Report of the Imperial Institute of Veterinary Research, Muktesar
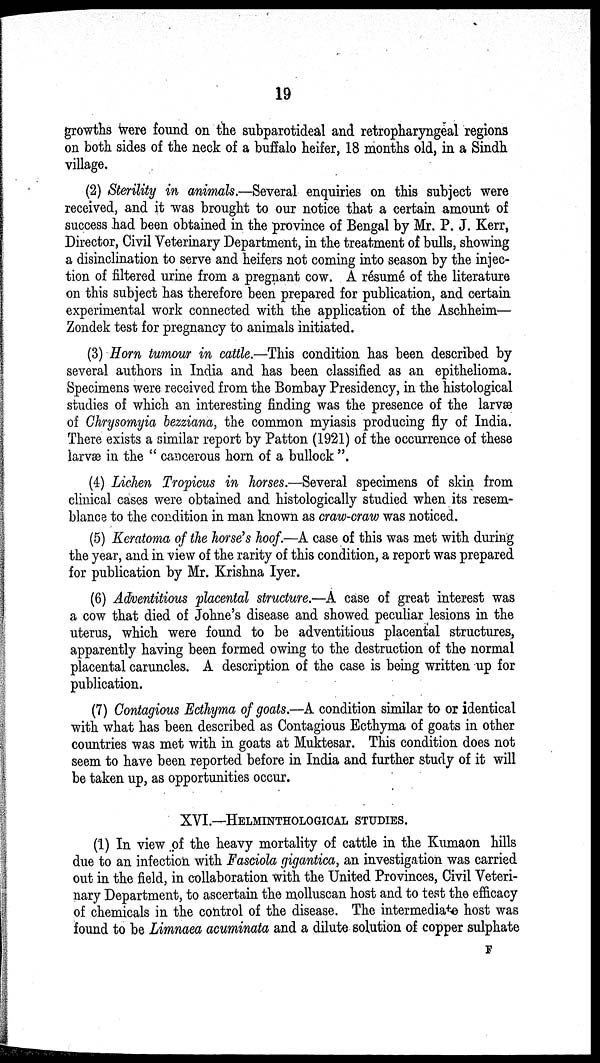
19
growths were found on the subparotideal and retropharyngeal regions
on both sides of the neck of a buffalo heifer, 18 months old, in a Sindh
village.
(2) Sterility in animals.—Several enquiries on this subject were
received, and it was brought to our notice that a certain amount of
success had been obtained in the province of Bengal by Mr. P. J. Kerr,
Director, Civil Veterinary Department, in the treatment of bulls, showing
a disinclination to serve and heifers not coming into season by the injec-
tion of filtered urine from a pregnant cow. A résumé of the literature
on this subject has therefore been prepared for publication, and certain
experimental work connected with the application of the Aschheim—
Zondek test for pregnancy to animals initiated.
(3) Horn tumour in cattle.—This condition has been described by
several authors in India and has been classified as an epithelioma.
Specimens were received from the Bombay Presidency, in the histological
studies of which an interesting finding was the presence of the larvæ
of Chrysomyia bezziana, the common myiasis producing fly of India.
There exists a similar report by Patton (1921) of the occurrence of these
larvæ in the " cancerous horn of a bullock ".
(4) Lichen Tropicus in horses.—Several specimens of skin from
clinical cases were obtained and histologically studied when its resem-
blance to the condition in man known as craw-craw was noticed.
(5) Keratoma of the horse's hoof.—A case of this was met with during
the year, and in view of the rarity of this condition, a report was prepared
for publication by Mr. Krishna Iyer.
(6) Adventitious placental structure.—A case of great interest was
a cow that died of Johne's disease and showed peculiar lesions in the
uterus, which were found to be adventitious placental structures,
apparently having been formed owing to the destruction of the normal
placental caruncles. A description of the case is being written up for
publication.
(7) Contagious Ecthyma of goats.—A condition similar to or identical
with what has been described as Contagious Ecthyma of goats in other
countries was met with in goats at Muktesar. This condition does not
seem to have been reported before in India and further study of it will
be taken up, as opportunities occur.
XVI.—HELMINTHOLOGICAL STUDIES.
(1) In view of the heavy mortality of cattle in the Kumaon hills
due to an infection with Fasciola gigantica, an investigation was carried
out in the field, in collaboration with the United Provinces, Civil Veteri-
nary Department, to ascertain the molluscan host and to test the efficacy
of chemicals in the control of the disease. The intermediate host was
found to be Limnaea acuminata and a dilute solution of copper sulphate
F